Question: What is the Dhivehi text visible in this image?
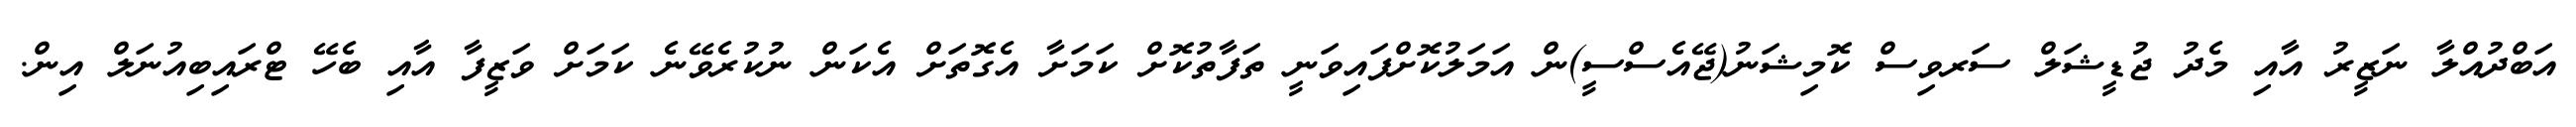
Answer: އަބްދުއްލާ ނަޒީރު އާއި މެދު ޖުޑީޝަލް ސަރވިސް ކޮމިޝަނު(ޖޭއެސްސީ)ން އަމަލުކޮށްފައިވަނީ ތަފާތުކޮށް ކަމަށާ އެގޮތަށް އެކަން ނުކުރެވޭނެ ކަމަށް ވަޒީފާ އާއި ބެހޭ ޓްރައިބިއުނަލް އިން.